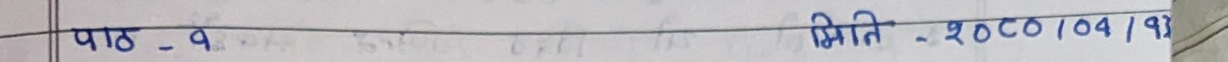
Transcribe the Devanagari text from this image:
पाठ - १ मिति : २०८०/०५/१३